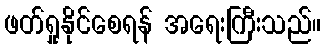
ဖတ်ရှုနိုင်စေရန် အရေးကြီးသည်။